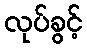
လုပ်ခွင့်